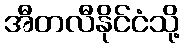
အီတလီနိုင်ငံသို့